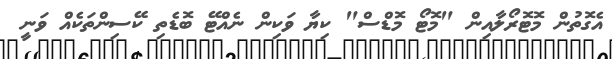
އެގޮތުން މޮޓޮރޯލާއިން "މޮޓޯ މޮޑްސް" ކިޔާ ވަކިން ނެއްޓޭ ބޮޑެތި ކޭސިންތަކެއް ވަނީ